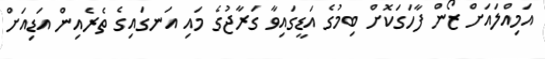
އަމިއްލައަށް ޒޯން ފާހަގަކޮށް ބިމުގެ އަޑީގައިވާ ގަރާޖުގެ މައި އަނގައިގެ ތެރެއިން އަޑިއަށް